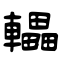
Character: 轠